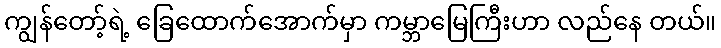
ကျွန်တော့်ရဲ့ ခြေထောက်အောက်မှာ ကမ္ဘာမြေကြီးဟာ လည်နေ တယ်။